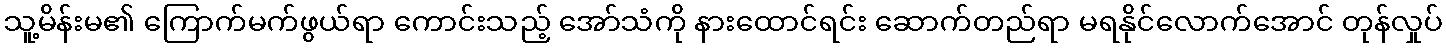
သူ့မိန်းမ၏ ကြောက်မက်ဖွယ်ရာ ကောင်းသည့် အော်သံကို နားထောင်ရင်း ဆောက်တည်ရာ မရနိုင်လောက်အောင် တုန်လှုပ်